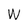
Character: W